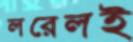
লরেলই